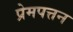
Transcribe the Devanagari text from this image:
प्रेमपत्तन